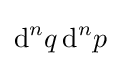
\mathrm {d} ^{n}q\,\mathrm {d} ^{n}p